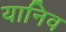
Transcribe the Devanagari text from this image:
यानिव